Newspaper: Northern Wisconsin advertiser. [volume]
Place of publication: Wabeno, Wis.
Publisher: C.G. Himley
Date: 1900-12-27 00:00:00
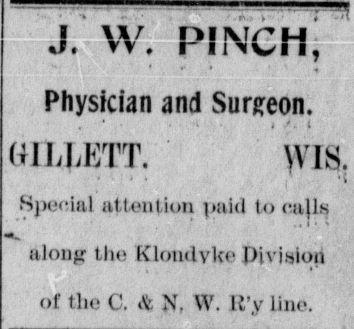
Advertisement text (OCR):
J. W. PINCH, Physician and Surgeon. (FIUETT. WIS. Special attention paid to cajls along the Klotidyke Division of the C. * N. W. R’y line.
Label: text-only